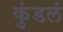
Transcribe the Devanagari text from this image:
कुंडलं